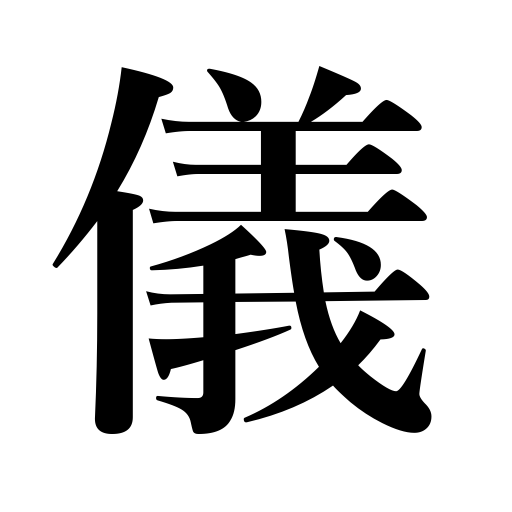
Meanings: rule,affair,ceremony,a matter,case